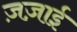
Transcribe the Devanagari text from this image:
ज़ज़ाई